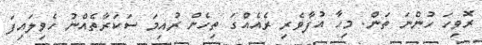
ރޮވިހަ ހުންނަ ތަން. މިހާ އުފާވެރި ރެއެއްގަ ތިހެން ރުއިމަ ސަކަރާތެއްނު ހެވިލައިފަ